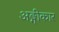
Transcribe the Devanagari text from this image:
अङ्गीकार